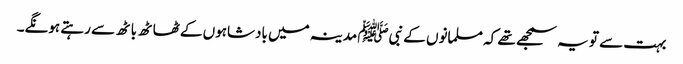
بہت سے تو یہ سمجھے تھے کہ مسلمانوں کے نبیﷺ مدینہ میں بادشاہوں کے ٹھاٹھ باٹھ سے رہتے ہونگے۔